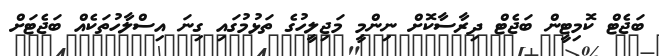
ބަޖެޓް ކޮމިޓީން ބަޖެޓް ދިރާސާކޮށް ނިންމީ މަޖިލީހުގެ ތަޅުމުގައި ގިނަ އިސްލާހުތަކެއް ބަޖެޓަށް